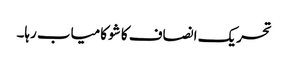
تحریک انصاف کا شو کامیاب رہا۔